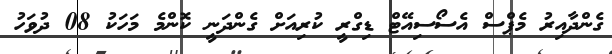
ގެންދާއިރު މެޕްސް އެސޯސިއޭޓް ޑިގްރީ ކުރިއަށް ގެންދަނީ ކޮންމެ މަހަކު 08 ދުވަހު